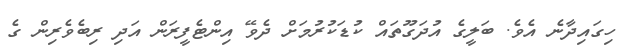
ހިގައިދާނެ އެވެ. ބަލީގެ އުދަގޫތައް ކުޑަކުރުމަށް ދެވޭ އިންޓެފީރަން އަދި ރިބެވެރިން ގެ